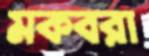
মকবরা